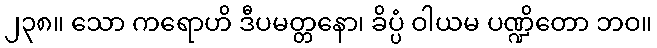
၂၃၈။ သော ကရောဟိ ဒီပမတ္တနော၊ ခိပ္ပံ ဝါယမ ပဏ္ဍိတော ဘဝ။